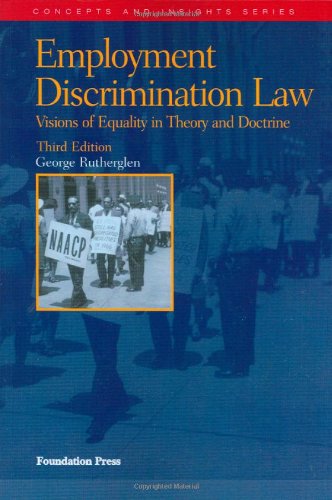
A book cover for Employment Discrimination Law (Concepts and Insights); George Rutherglen; Law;